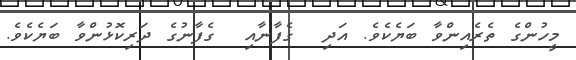
މީހުންގެ ތެރެއިންވާ ބަޔެކެވެ. އަދި  ގެފާނާއި  ގެފާނުގެ ދަރިކޮޅުންވާ ބަޔެކެވެ.